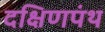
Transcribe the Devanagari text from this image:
दक्षिणपंथ